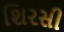
શિરસી